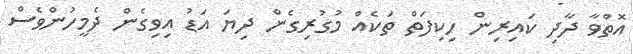
އޮތްވާ ދާދި ކައިރިން ހިކިފަތް ތަކެއް މުގުރިގެން ދިޔަ އަޑު އިވިގެން ދެމީހުންވެސް